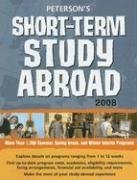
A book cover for Short-Term Study Abroad 2008 (Peterson's Short-Term Study Abroad Programs); Peterson's; Travel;